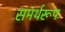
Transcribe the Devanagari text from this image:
समर्थरूप